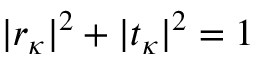
| r _ { \kappa } | ^ { 2 } + | t _ { \kappa } | ^ { 2 } = 1